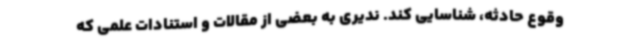
وقوع حادثه، شناسایی کند. ندیری به بعضی از مقالات و استنادات علمی که